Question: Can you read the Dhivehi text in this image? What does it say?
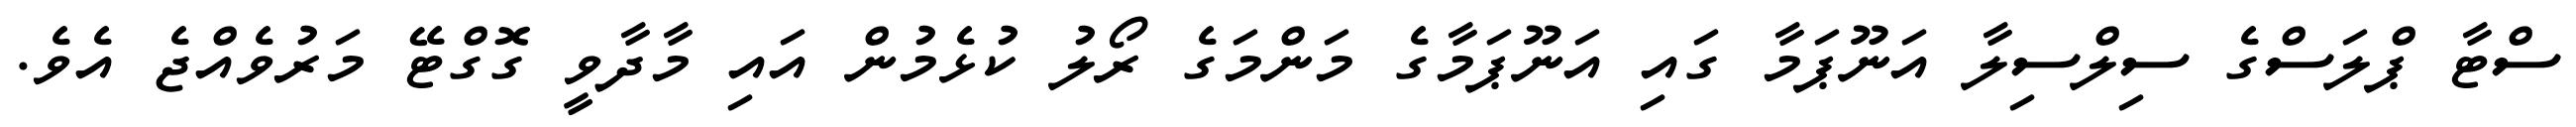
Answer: ސްޓާ ޕްލަސްގެ ސިލްސިލާ އަނޫޕަމާ ގައި އަނޫޕަމާގެ މަންމަގެ ރޯލު ކުޅެމުން އައި މާދާވީ ގޮގްޓޭ މަރުވެއްޖެ އެވެ.